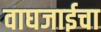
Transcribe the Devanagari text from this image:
वाघजाईचा